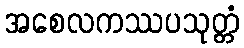
အစေလကဿပသုတ္တံ